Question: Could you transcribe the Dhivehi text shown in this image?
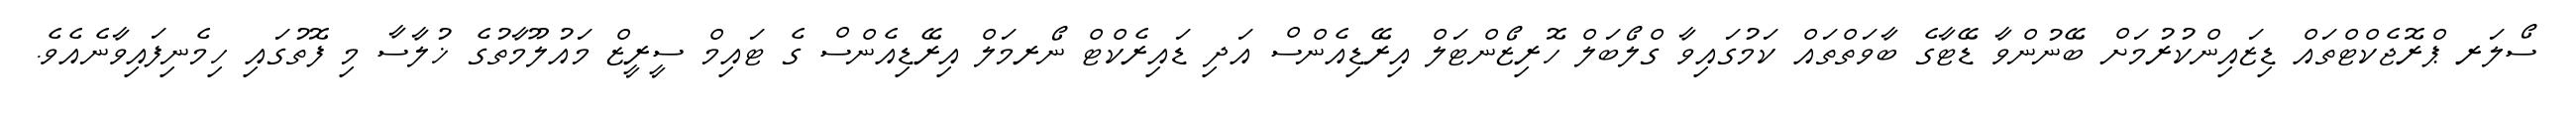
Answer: ސޯލަރ ޕްރޮޖެކްޓްތައް ޑިޒައިންކުރުމަށް ބޭނުންވާ ޑޭޓާގެ ބާވަތްތައް ކަމުގައިވާ ގްލޯބަލް ހޮރިޒޯންޓަލް އިރޭޑިއެންސް އަދި ޑައިރެކްޓް ނޯރމަލް އިރޭޑިއެންސް ގެ ޓައިމް ސީރީޒް މައުލޫމާތުގެ ޚުލާސާ މި ފޮތުގައި ހިމެނިފައިވާނެއެވެ.